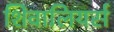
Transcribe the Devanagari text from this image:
शिवालियर्स